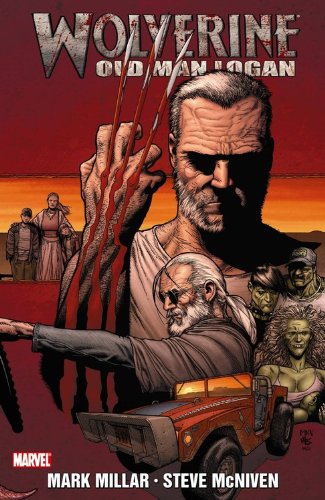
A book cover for Wolverine: Old Man Logan; Mark Millar; Comics & Graphic Novels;